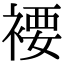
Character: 䙅